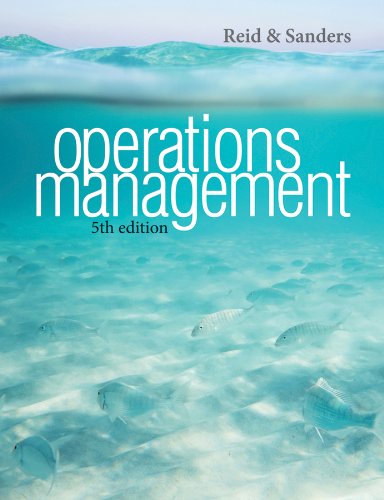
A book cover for Operations Management; R. Dan Reid; Business & Money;